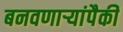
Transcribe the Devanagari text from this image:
बनवणार्‍यांपैकी